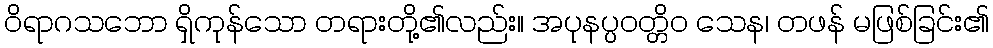
ဝိရာဂသဘော ရှိကုန်သော တရားတို့၏လည်း။ အပုနပ္ပဝတ္တိဝ သေန၊ တဖန် မဖြစ်ခြင်း၏